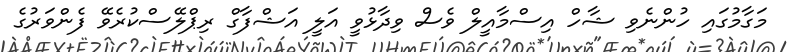
މަގާމުގައި ހުންނެވި ޝާހް އިސްމާއީލް ވެސް ވިދާޅުވީ އަލީ އަޝްފާގް ރިޕްލޭސްކުރެވޭ ފެންވަރުގެ